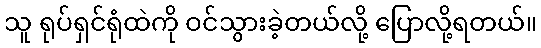
သူ ရုပ်ရှင်ရုံထဲကို ဝင်သွားခဲ့တယ်လို့ ပြောလို့ရတယ်။